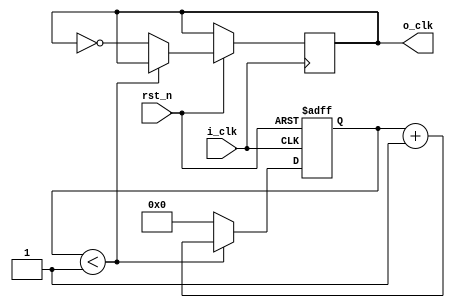
module time_divider 
#(
    parameter ratio=2
)
(
    input i_clk,
    input rst_n,
    output reg o_clk=0
);
    //registers definitions
    reg [31:0]count;
    integer lim=ratio/2;
    //counting
    always @(posedge i_clk or negedge rst_n) begin
        if(!rst_n) begin
            count<=32'b0;
        end
        else begin
            if(count<lim)begin
                count<=count+1;
            end
            else begin
                count<=32'b0;
                o_clk<=~o_clk;
            end
        end
    end
endmodule